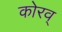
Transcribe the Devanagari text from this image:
कोरव्